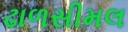
ઢાળસીમલ